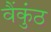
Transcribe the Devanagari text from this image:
वैंकुंठ